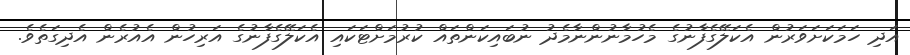
އަދި ހަމަކަށަވަރުން އެކަލޭގެފާނުގެ މެހުމާނުންނާމެދު ނުބައިކަންތައް ކުރުމަށްޓަކައި އެކަލޭގެފާނުގެ އަރިހުން އެއުރެން އެދިގަތެވެ.